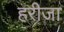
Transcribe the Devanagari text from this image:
हरीजा